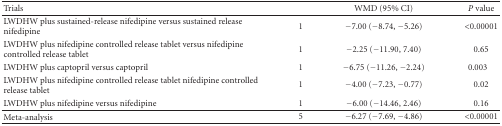
<table><thead><tr><td><b>Trials</b></td><td><b> </b></td><td><b>WMD (95% CI)</b></td><td><b><i>P</i> value</b></td></tr></thead><tbody><tr><td>LWDHW plus sustained-release nifedipine versus sustained release nifedipine</td><td>1</td><td>−7.00 (−8.74, −5.26)</td><td>&lt;0.00001</td></tr><tr><td>LWDHW plus nifedipine controlled release tablet versus nifedipine controlled release tablet</td><td>1</td><td>−2.25 (−11.90, 7.40)</td><td>0.65</td></tr><tr><td>LWDHW plus captopril versus captopril</td><td>1</td><td>−6.75 (−11.26, −2.24)</td><td>0.003</td></tr><tr><td>LWDHW plus nifedipine controlled release tablet nifedipine controlled release tablet</td><td>1</td><td>−4.00 (−7.23, −0.77)</td><td>0.02</td></tr><tr><td>LWDHW plus nifedipine versus nifedipine</td><td>1</td><td>−6.00 (−14.46, 2.46)</td><td>0.16</td></tr><tr><td>Meta-analysis</td><td>5</td><td>−6.27 (−7.69, −4.86)</td><td>&lt;0.00001</td></tr></tbody></table>